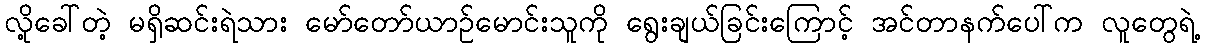
လို့ခေါ်တဲ့ မရှိဆင်းရဲသား မော်တော်ယာဉ်မောင်းသူကို ရွေးချယ်ခြင်းကြောင့် အင်တာနက်ပေါ်က လူတွေရဲ့